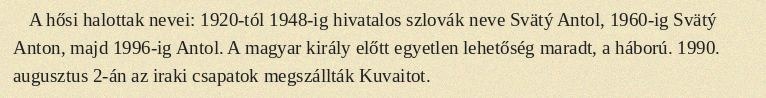
A hősi halottak nevei: 1920-tól 1948-ig hivatalos szlovák neve Svätý Antol, 1960-ig Svätý Anton, majd 1996-ig Antol. A magyar király előtt egyetlen lehetőség maradt, a háború. 1990. augusztus 2-án az iraki csapatok megszállták Kuvaitot.